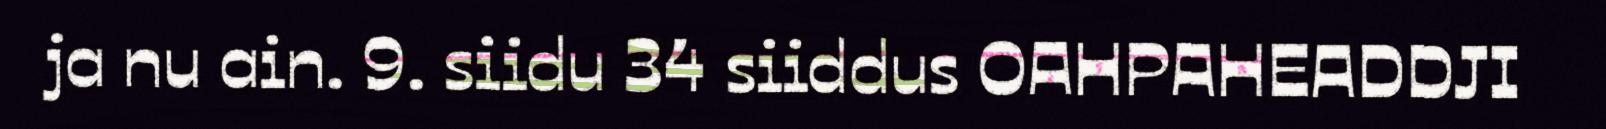
ja nu ain. 9. siidu 34 siiddus OAHPAHEADDJI